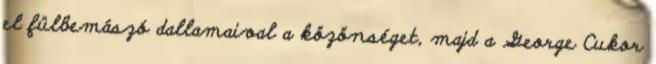
el fülbemászó dallamaival a közönséget, majd a George Cukor